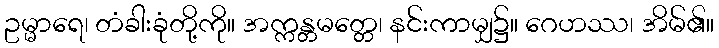
ဥမ္မာရေ၊ တံခါးခုံတို့ကို။ အက္ကန္တမတ္တေ၊ နင်းကာမျှ၌။ ဂေဟဿ၊ အိမ်၏။